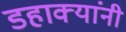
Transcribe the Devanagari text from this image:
डहाक्यांनी